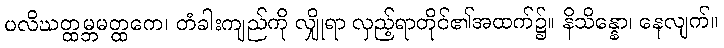
ပလိဃတ္ထမ္ဘမတ္ထကေ၊ တံခါးကျည်ကို လျှိုရာ လှည့်ရာတိုင်၏အထက်၌။ နိသိန္နော၊ နေလျက်။